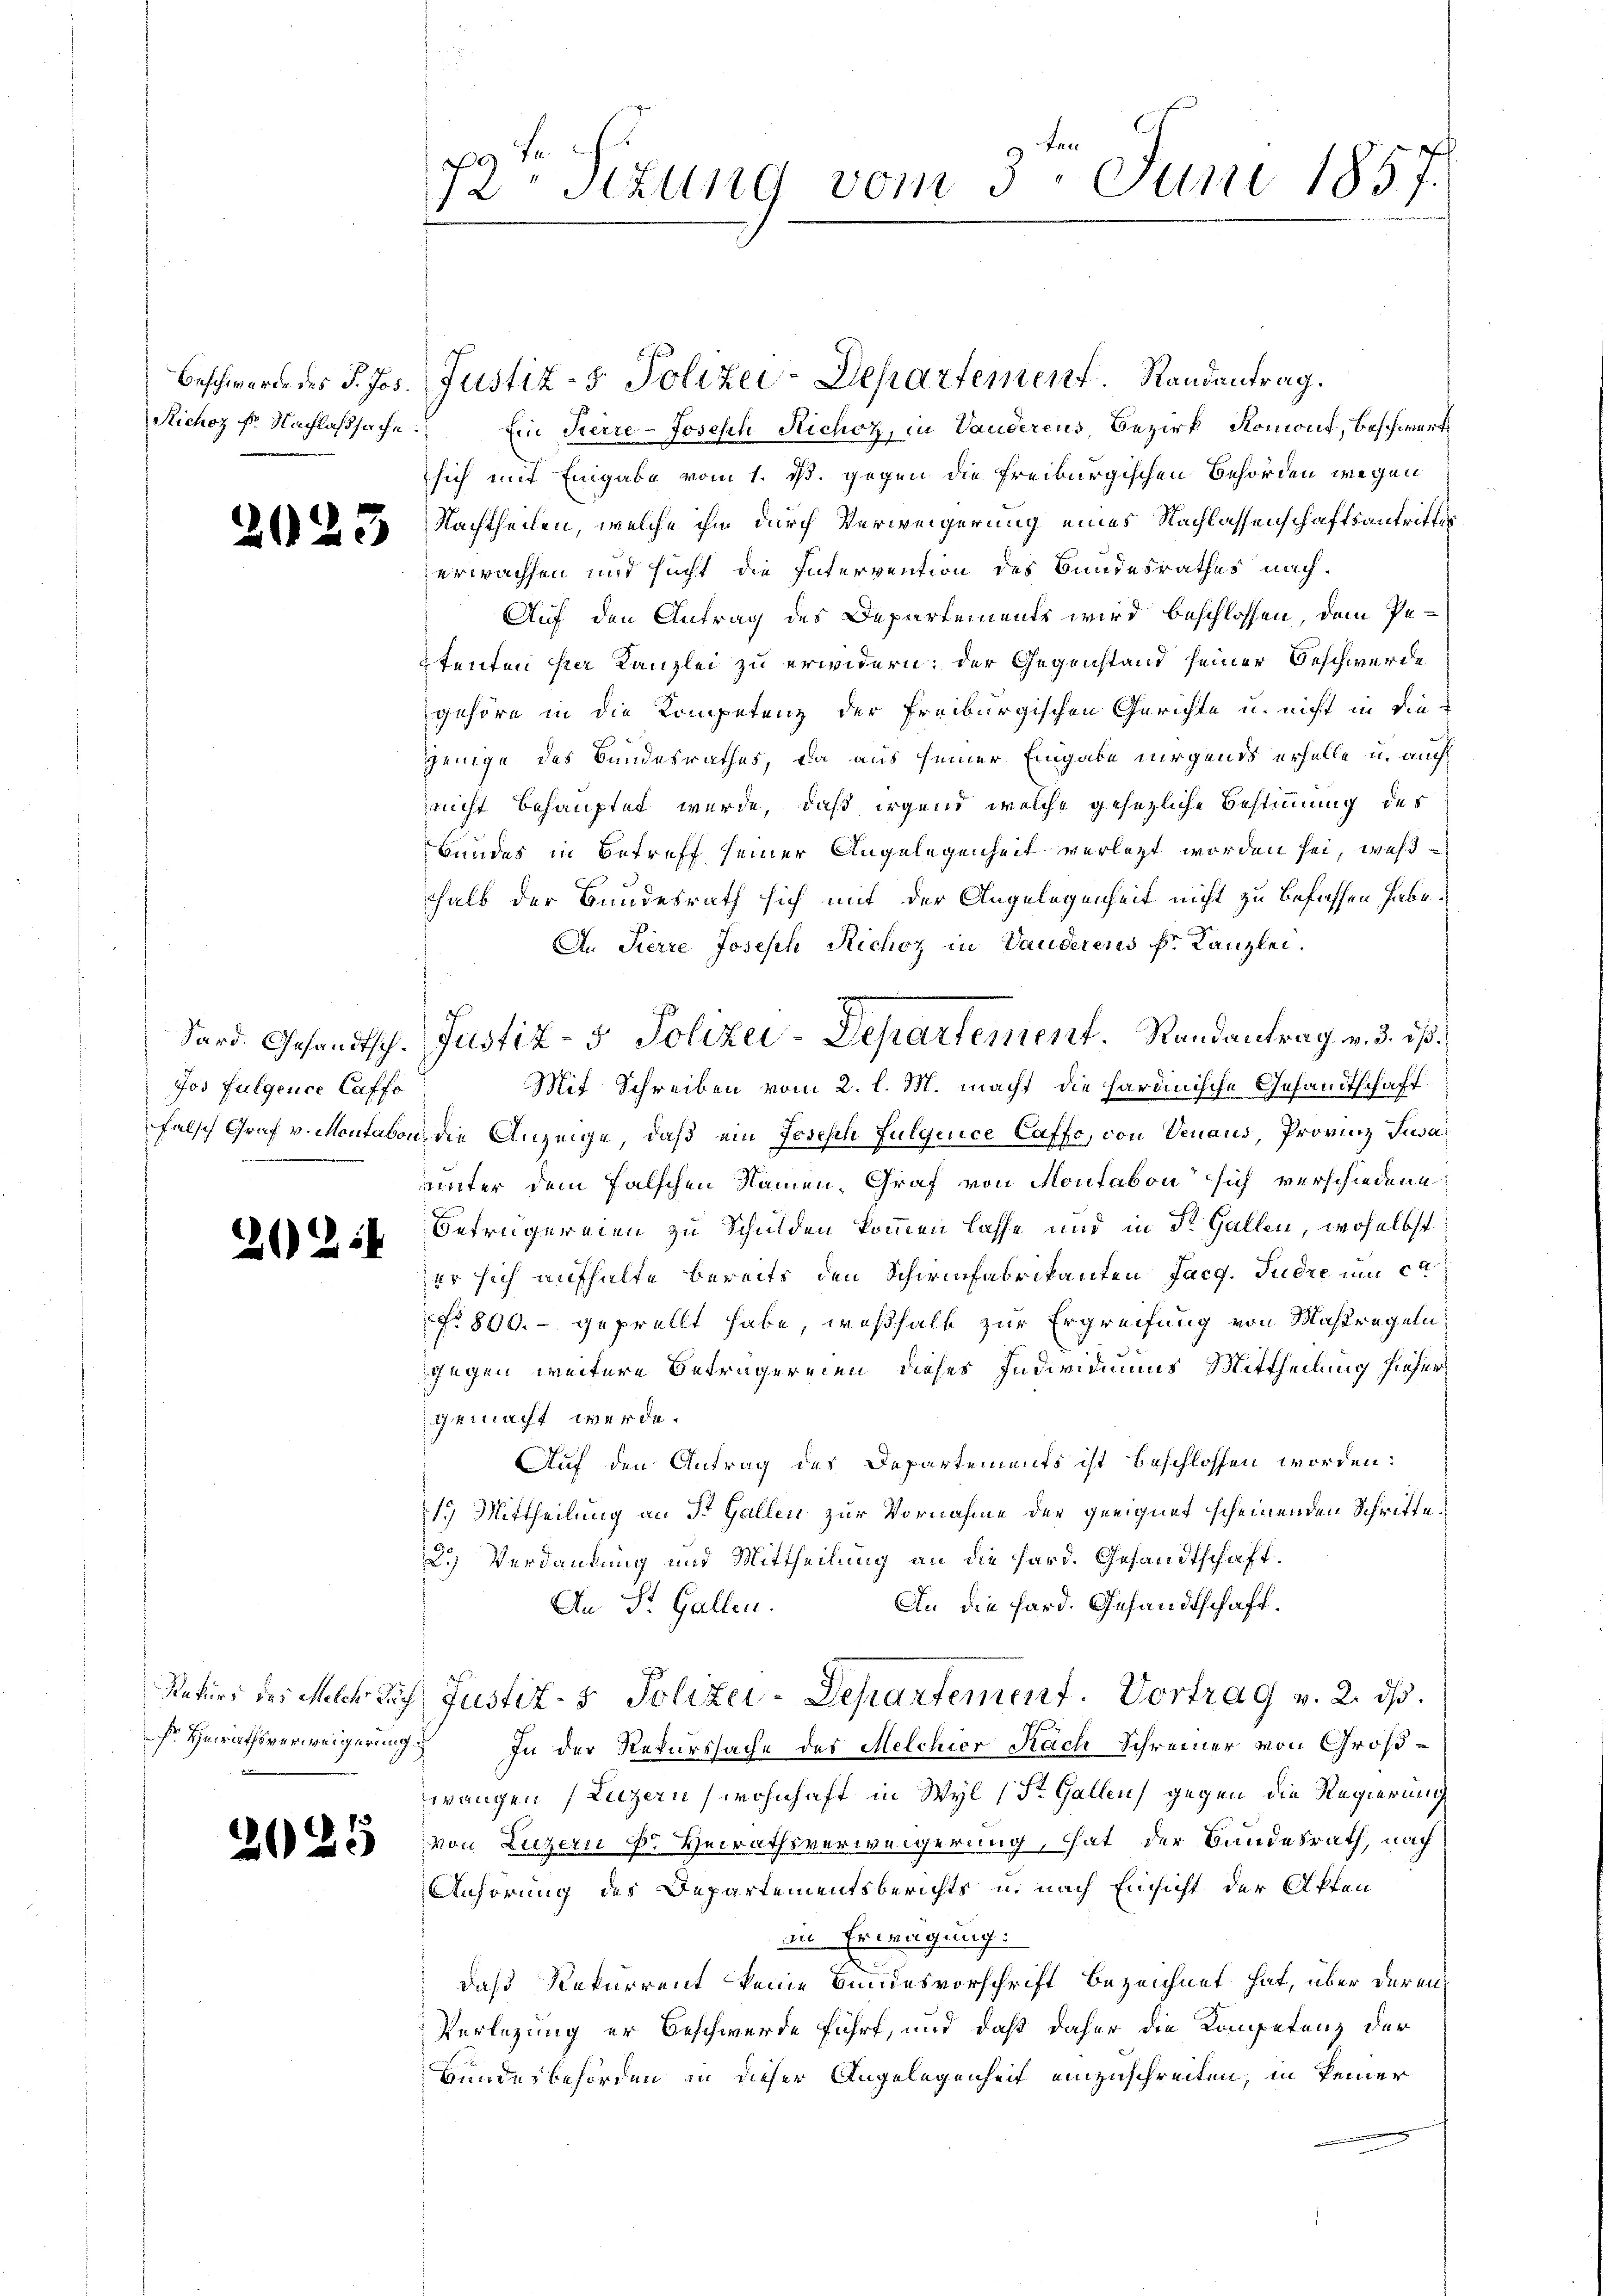
2023

Jos fulgence Caffo

20224

2025

ten

12. Sizung vom 3. Juni 1857.

Richoz Fr. Nachlaßsache. Ein Tierre-Joseph Richoz, in Vauderens, Bezirk Romont, Beschwert
sich mit Eingabe vom 1. ds. gegen die Freiburgischen Behörden wegen
Nachtheilen, welche ihn durch Verweigerung eines Nachlassenschaftsantrittes
erwachsen und sucht die Intervention des Bundesrathes nach¬
Auf den Antrag des Departements wird beschlossen, dem Petenten hier Kanzlei zu erwidern; der Gegenstand seiner Beschwerde
gehöre in die Kompetenz der Freiburgischen Gerichte u. nicht in die
jenige des Bandesrathes, da aus seiner Eingabe nirgends erhelle u. auch
nicht behauptet wurde, daß irgend welche gesezliche Bestimmung des
Bundes in Betreff seiner Angelegenheit verletzt worden sei, weßhalb der Bundesrath sich mit der Angelegenheit nicht zu befassen habe.
An Pierre Joseph Richoz in Vauderens Fr. Kanzlei.
Mit Schreiben vom 2. l. M. macht die hardinische Gesandtschaft
falsch Graf v. Montabon, die Anzeige, daß ein Joseph Fulgence Caffo, von Venaus, Provinz Susa
unter dem falschen Namen, Graf von Montabon sich verschiedene
Betrügereien zu Schulden kommen lasse und in Dr. Gallen, woselbst
er sich aufhalte bereits den Schirinfabrikanten Facg. Pudre um ca
No. 800.- geprellt habe, weßhalb zur Ergreifung von Maßregeln
gegen weitere Beträgereien dieses Individiums Mittheilung hiehergemacht werde.
Auf den Antrag des Departements ist beschlossen worden:
1.) Mittheilung an St. Gallen zur Vornahme der geeignet scheinenden Schritte.
2.) Verdankung und Mittheilung an die Hard. Gesandtschaft.
An die Hard. Gesandtschaft.
An St. Gallen.
Rekurs des Michlach Justiz- & Polizei-Departement. Vortrag v. 2. ds.
sr Heirathsverweigerung. In der Rekurssache des Melchier Nach Schreiner von Großwangen (Luzern (wohnhaft in Wyl (St. Gallen gegen die Regierung
von Luzern d. Heirathsverweigerung, hat der Bundesrath, nach
Anhörung des Departementsberichts u. nach Einsicht der Akten
in Erwägung:
daß Rekurrent keine Bundesvorschrift bezeichnet hat, über deren
Verlegung er Beschwerde führt, und daß daher die Kompetenz der
Hundesbehörden in dieser Angelegenheit einzuschreiten, in keiner

Beschwerde des P. Jos. Justiz- & Polizei-Departement. Randantrag.

Sard. Gesandtsch. Justiz- & Polizei-Departement.   Randantrag v. 3. ist.